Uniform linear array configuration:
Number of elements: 32
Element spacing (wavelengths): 0.25
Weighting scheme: hamming
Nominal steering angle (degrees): -30
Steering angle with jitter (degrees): -29.708
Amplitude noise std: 0.05
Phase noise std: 0.05

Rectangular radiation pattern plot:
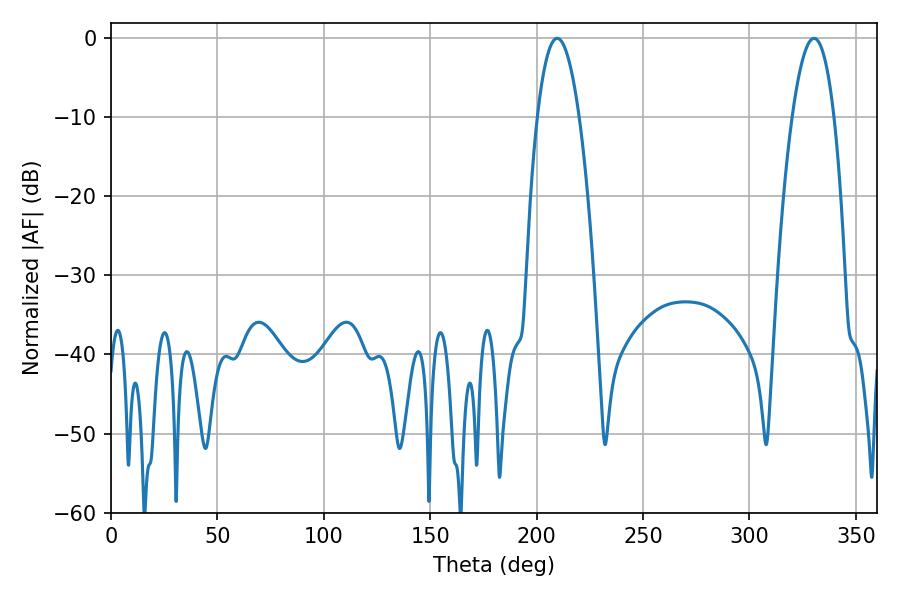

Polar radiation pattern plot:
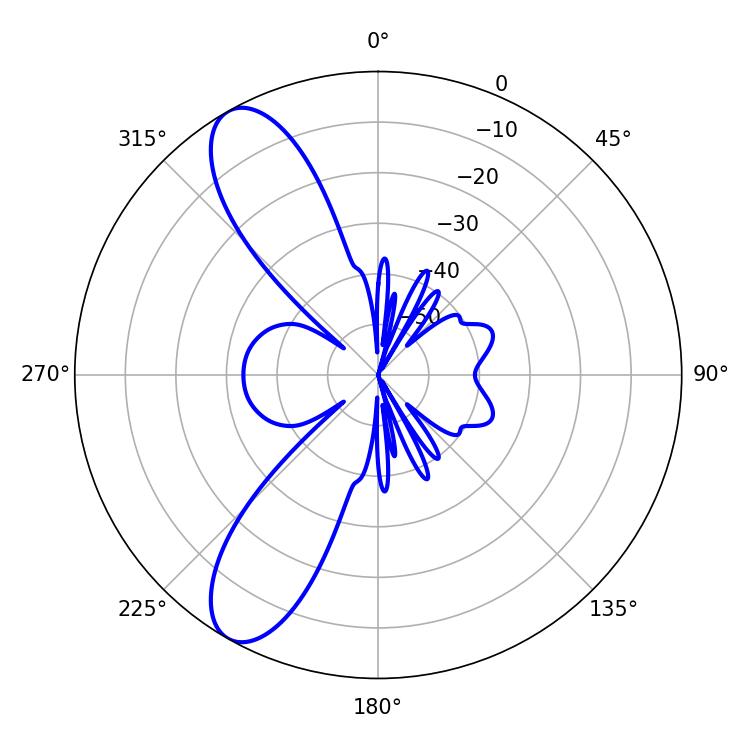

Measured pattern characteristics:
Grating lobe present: FALSE
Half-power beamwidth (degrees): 10.98
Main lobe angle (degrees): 209.7